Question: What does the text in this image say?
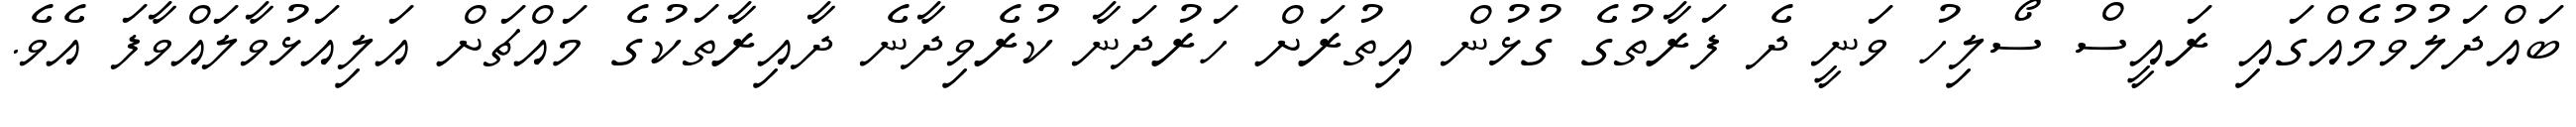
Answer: ބައްދަލުވުމެއްގައި ރައީސް ސޯލިހު ވަނީ ދެ ފަރާތުގެ ގުޅުން އިތުރަށް ހަރުދަނާ ކުރެވިދާނެ ދާއިރާތަކުގެ މައްޗަށް އަލިއަޅުވާލައްވާފަ އެވެ.